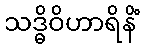
သဒ္ဓိဝိဟာရိနိံ